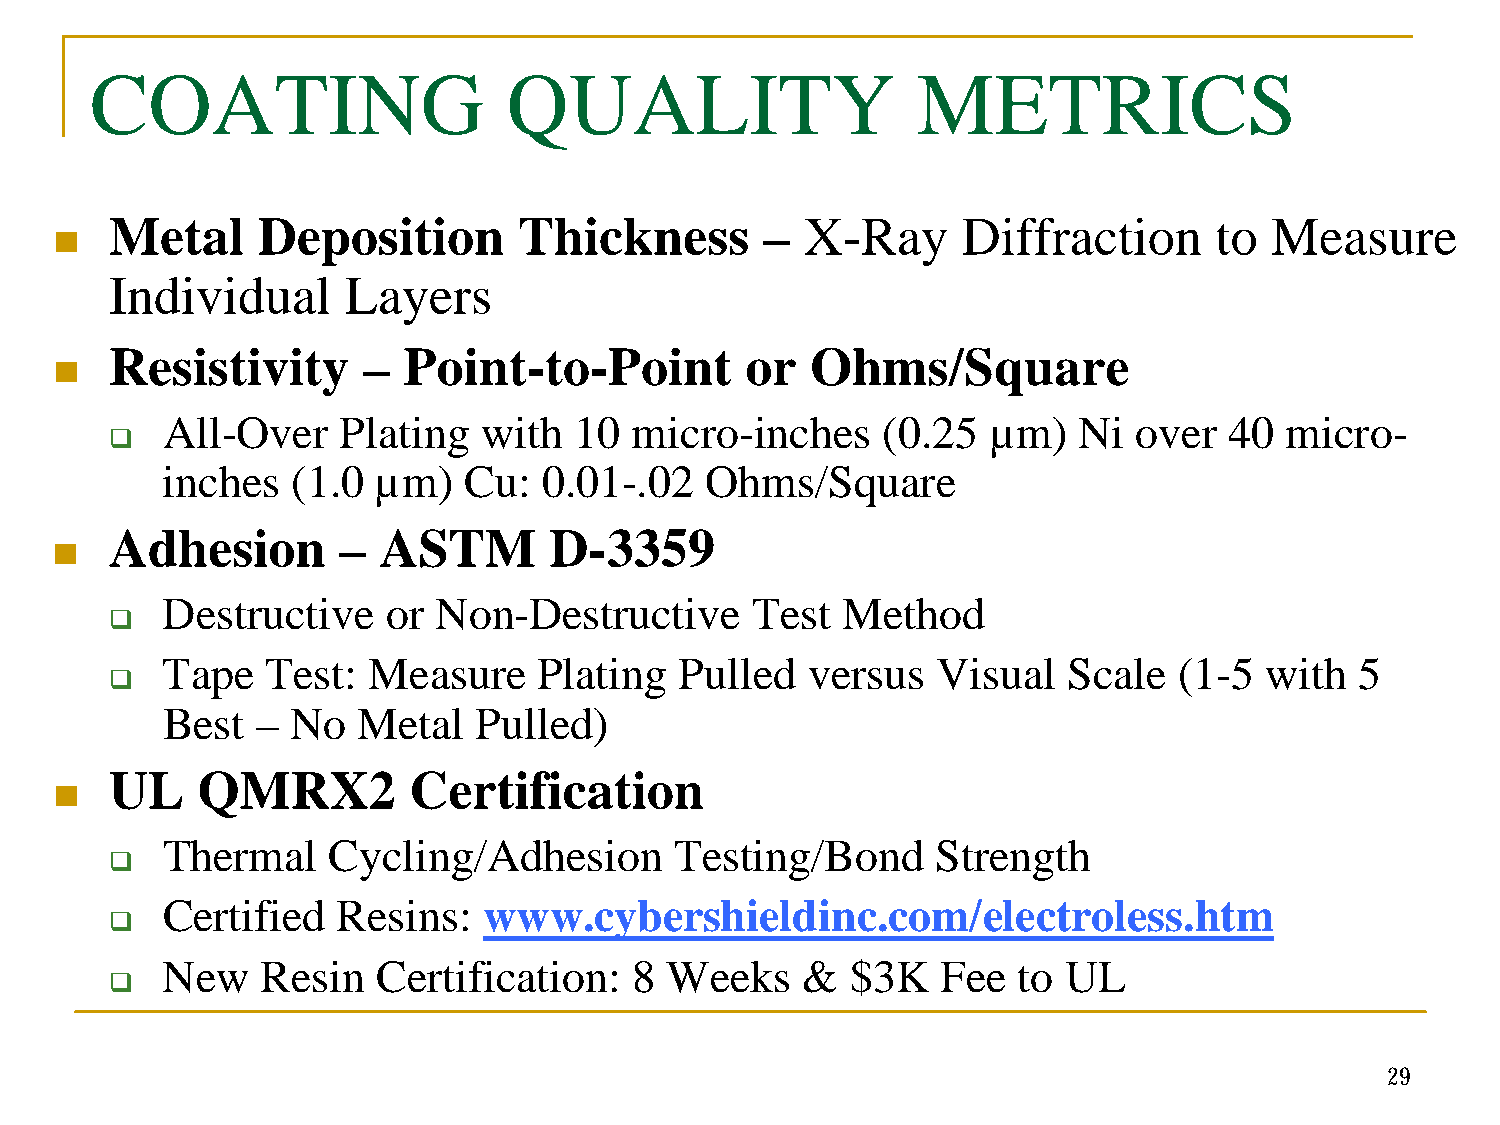
COATING                    QUALITY                     METRICS
 Metal     Deposition       Thickness       –  X-Ray      Diffraction     to  Measure
 n
 Individual      Layers
 Resistivity      –  Point-to-Point        or   Ohms/Square
 n
 All-Over   Plating   with  10  micro-inches    (0.25  µm)   Ni  over  40  micro-
 q
 inches  (1.0  µm)   Cu:  0.01-.02   Ohms/Square
 Adhesion       –  ASTM       D-3359
 n
 Destructive   or  Non-Destructive      Test  Method
 q
 Tape   Test: Measure     Plating  Pulled  versus   Visual   Scale  (1-5  with  5
 q
 Best  – No   Metal  Pulled)
 UL    QMRX2         Certification
 n
 Thermal    Cycling/Adhesion       Testing/Bond     Strength
 q
 Certified  Resins:   www.cybershieldinc.com/electroless.htm
 q
 New   Resin   Certification:   8 Weeks    &  $3K   Fee  to UL
 q
 29